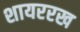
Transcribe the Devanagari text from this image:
शायररख